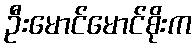
ဦးမောင်မောင်စိုးက